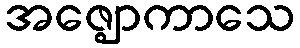
အဇ္ဈောကာသေ